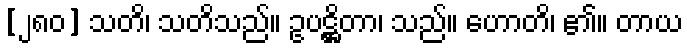
[၂၈၀] သတိ၊ သတိသည်။ ဥပဋ္ဌိတာ၊ သည်။ ဟောတိ၊ ၏။ တာယ